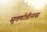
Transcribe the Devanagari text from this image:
सुवर्णात्रीनास